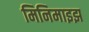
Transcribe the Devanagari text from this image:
मिनिमाइझ